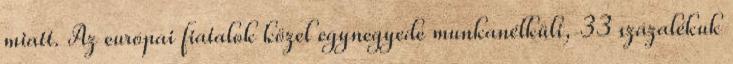
miatt. Az európai fiatalok közel egynegyede munkanélküli, 33 százalékuk